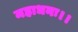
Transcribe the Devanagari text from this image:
महाधनः।।